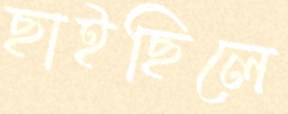
ছাইছিলে